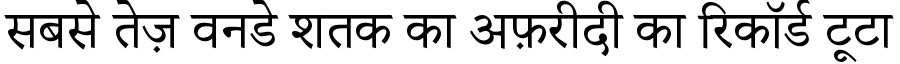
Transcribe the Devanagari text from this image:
सबसे तेज़ वनडे शतक का अफ़रीदी का रिकॉर्ड टूटा